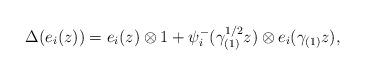
LaTeX: \begin{align*} \Delta(e_i(z))=e_i(z)\otimes 1+ \psi^-_i(\gamma^{1/2}_{(1)}z)\otimes e_i(\gamma_{(1)}z),\end{align*}